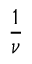
\frac { 1 } { \nu }